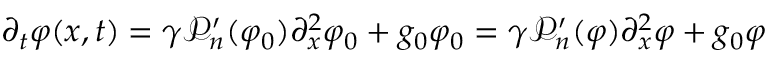
\partial _ { t } \varphi ( x , t ) = \gamma \mathcal { P } _ { n } ^ { \prime } ( \varphi _ { 0 } ) \partial _ { x } ^ { 2 } \varphi _ { 0 } + g _ { 0 } \varphi _ { 0 } = \gamma \mathcal { P } _ { n } ^ { \prime } ( \varphi ) \partial _ { x } ^ { 2 } \varphi + g _ { 0 } \varphi